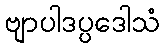
ဗျာပါဒပ္ပဒေါသံ